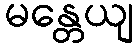
မန္တေယျ